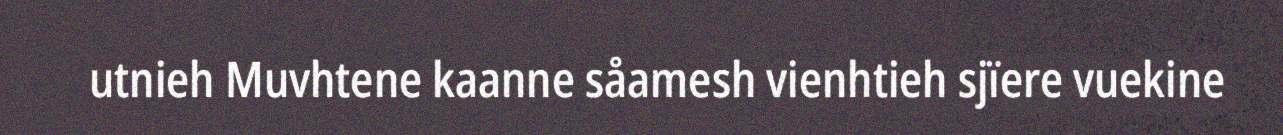
utnieh Muvhtene kaanne såamesh vienhtieh sjïere vuekine